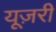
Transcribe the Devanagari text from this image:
यूज़री